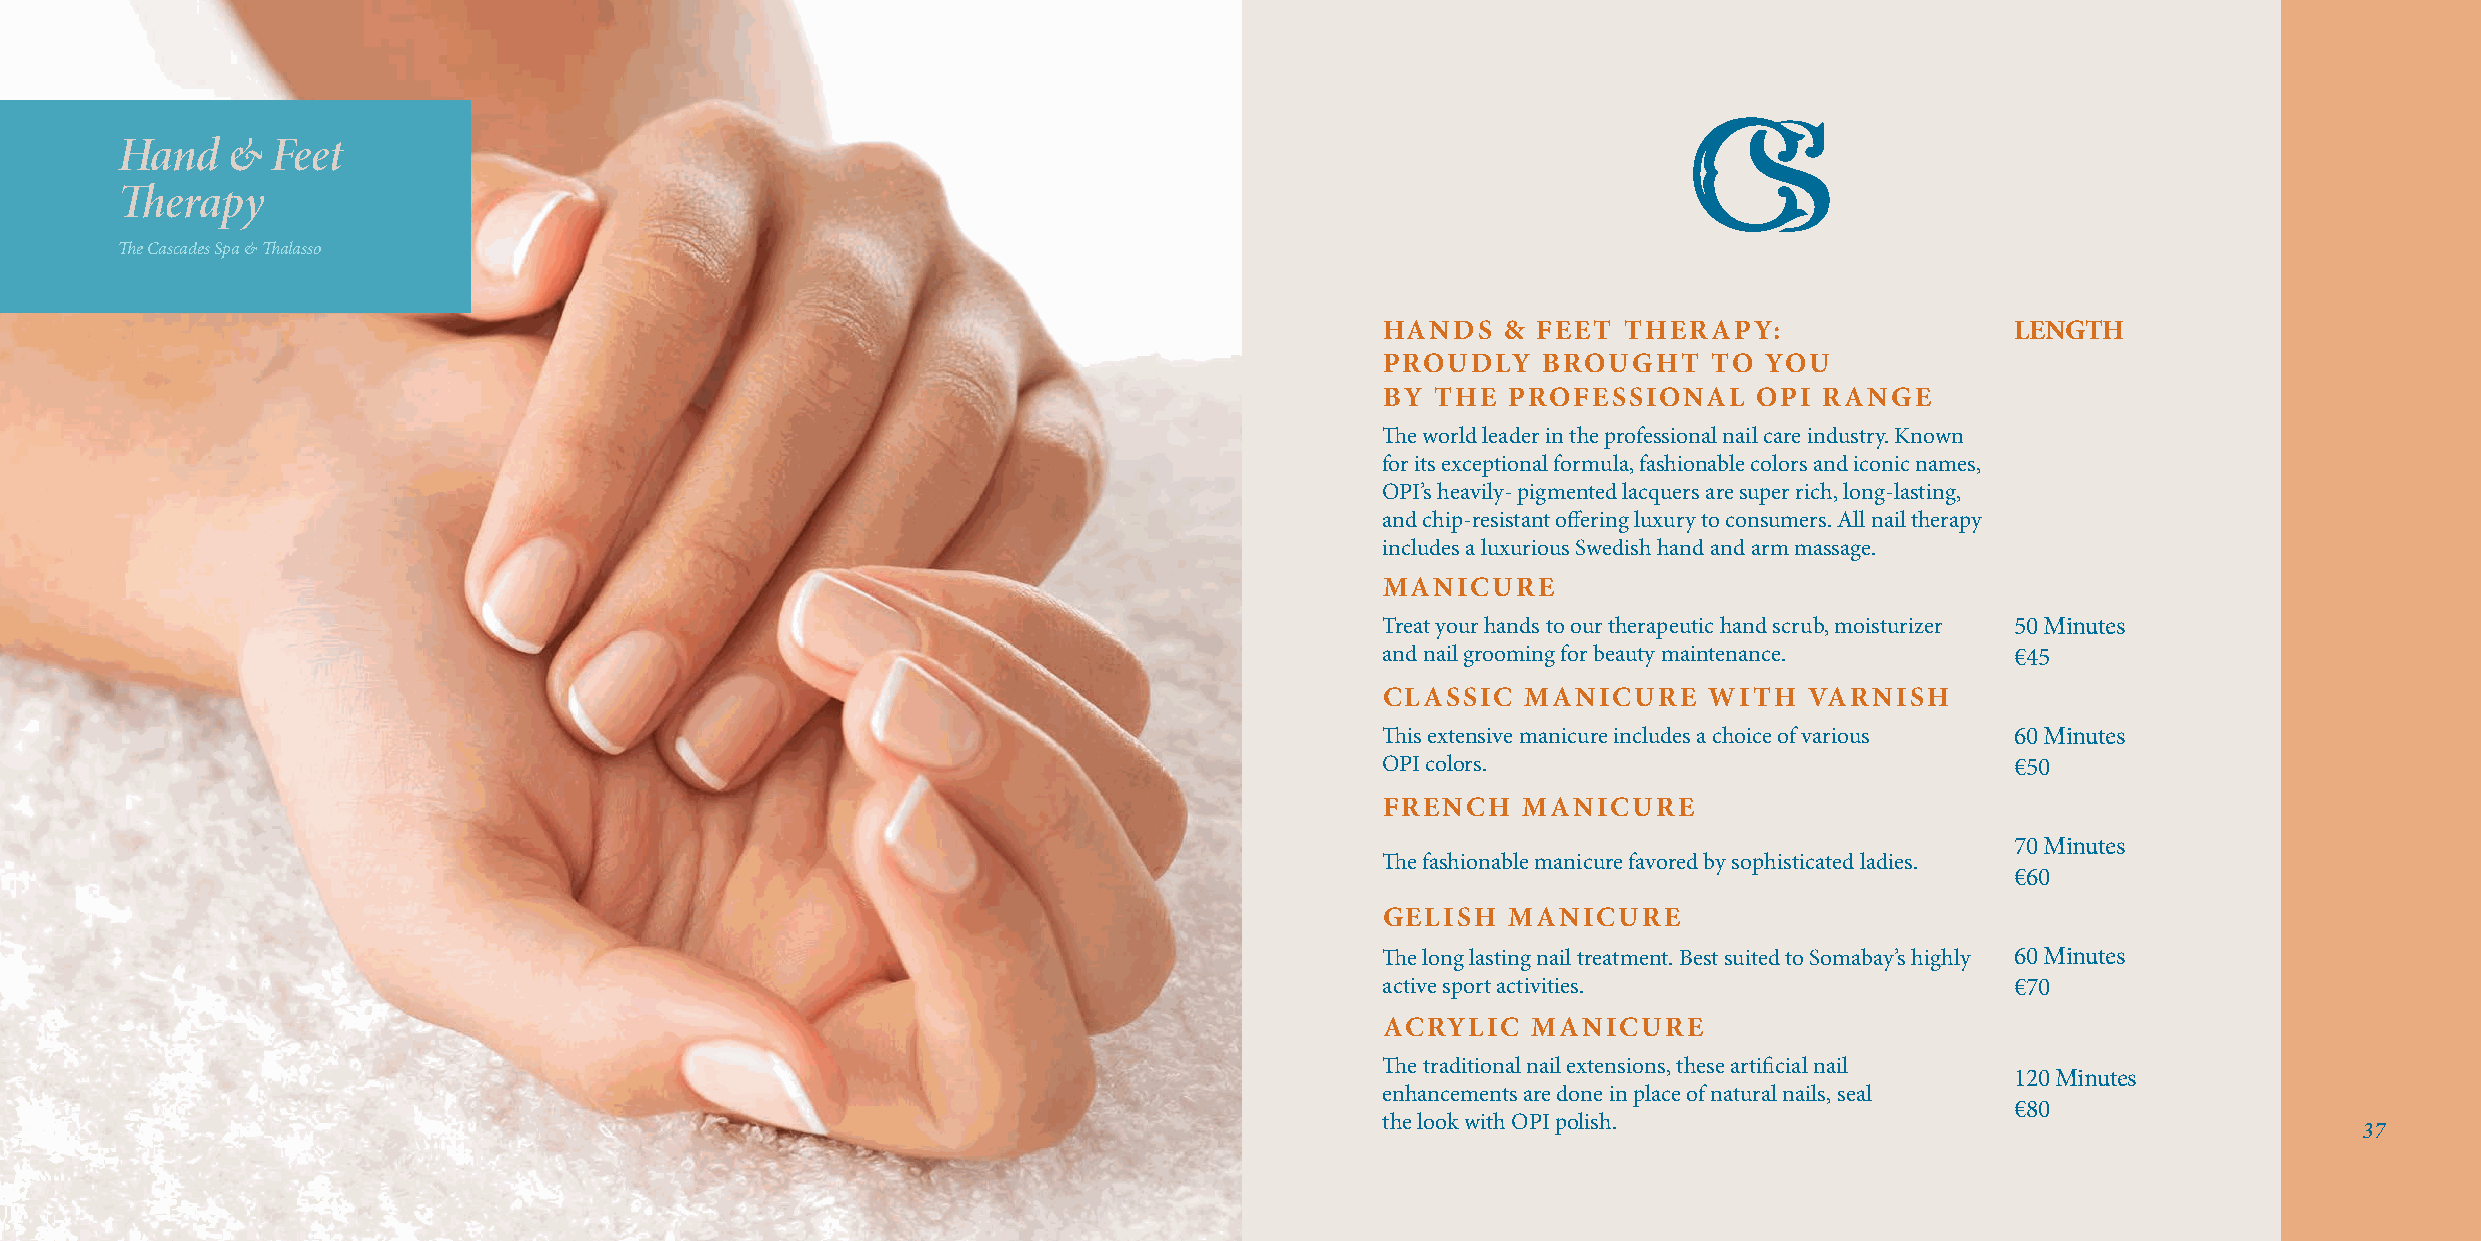
Hand   &  Feet
 Therapy
 The Cascades Spa & Thalasso
 HANDS   & FEET THERAPY:                  LENGTH
 PROUDLY   BROUGHT    TO  YOU
 BY THE  PROFESSIONAL    OPI  RANGE
 The world leader in the professional nail care industry. Known
 for its exceptional formula, fashionable colors and iconic names,
 OPI’s heavily- pigmented lacquers are super rich, long-lasting,
 and chip-resistant offering luxury to consumers. All nail therapy
 includes a luxurious Swedish hand and arm massage.
 MANICURE
 Treat your hands to our therapeutic hand scrub, moisturizer 50 Minutes
 and nail grooming for beauty maintenance. €45
 CLASSIC  MANICURE    WITH   VARNISH
 This extensive manicure includes a choice of various 60 Minutes
 OPI colors.                               €50
 FRENCH   MANICURE
 70 Minutes
 The fashionable manicure favored by sophisticated ladies.
 €60
 GELISH  MANICURE
 The long lasting nail treatment. Best suited to Somabay’s highly 60 Minutes
 active sport activities.                  €70
 ACRYLIC  MANICURE
 The traditional nail extensions, these artificial nail
 120 Minutes
 enhancements are done in place of natural nails, seal
 €80
 the look with OPI polish.
 37